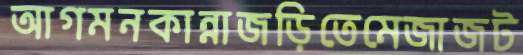
আগমনকান্নাজড়িতেমেজাজট